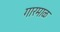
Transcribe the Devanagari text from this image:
गारमाळ